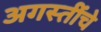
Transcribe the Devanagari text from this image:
अगस्तींचे